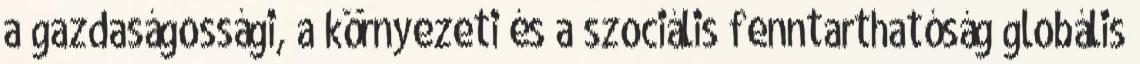
a gazdaságossági, a környezeti és a szociális fenntarthatóság globális